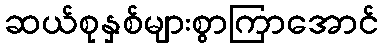
ဆယ်စုနှစ်များစွာကြာအောင်